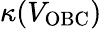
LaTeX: \kappa(V_{\mathrm{OBC}})